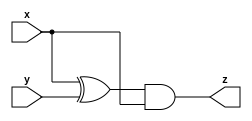
//
//
// https://hdlbits.01xz.net/wiki/Mt2015_q4a
//
//

`default_nettype none

module top_module (
    input   x,
    input   y,
    output  z
);

    assign z = (x ^ y) & x;

endmodule